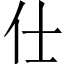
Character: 仕